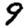
Digit: 9